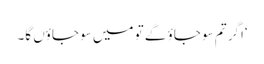
‘اگر تم سو جاؤ گے تو میں سو جاؤں گا۔